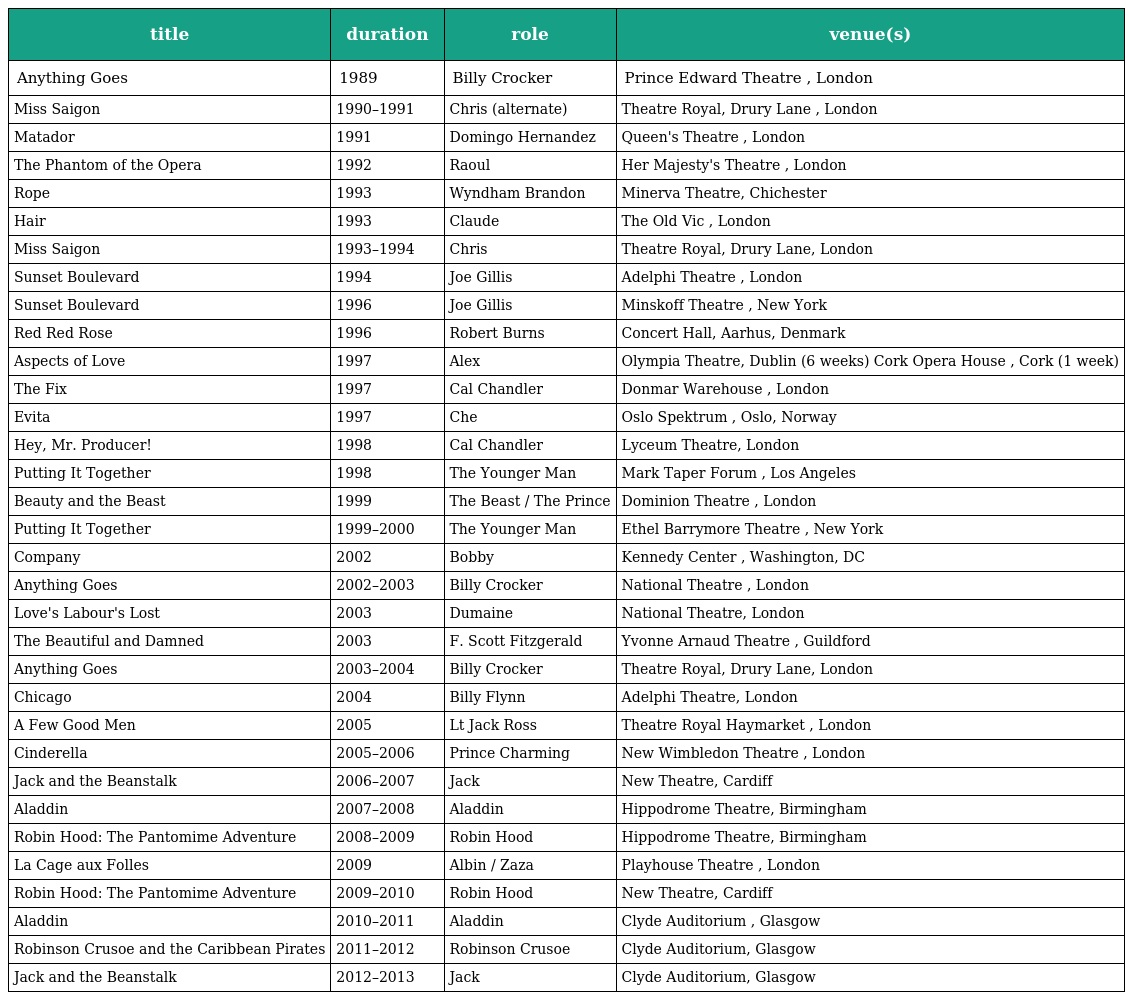
| title | duration | role | venue(s) |
 | --- | --- | --- | --- |
 | Anything Goes | 1989 | Billy Crocker | Prince Edward Theatre , London |
 | Miss Saigon | 1990–1991 | Chris (alternate) | Theatre Royal, Drury Lane , London |
 | Matador | 1991 | Domingo Hernandez | Queen's Theatre , London |
 | The Phantom of the Opera | 1992 | Raoul | Her Majesty's Theatre , London |
 | Rope | 1993 | Wyndham Brandon | Minerva Theatre, Chichester |
 | Hair | 1993 | Claude | The Old Vic , London |
 | Miss Saigon | 1993–1994 | Chris | Theatre Royal, Drury Lane, London |
 | Sunset Boulevard | 1994 | Joe Gillis | Adelphi Theatre , London |
 | Sunset Boulevard | 1996 | Joe Gillis | Minskoff Theatre , New York |
 | Red Red Rose | 1996 | Robert Burns | Concert Hall, Aarhus, Denmark |
 | Aspects of Love | 1997 | Alex | Olympia Theatre, Dublin (6 weeks) Cork Opera House , Cork (1 week) |
 | The Fix | 1997 | Cal Chandler | Donmar Warehouse , London |
 | Evita | 1997 | Che | Oslo Spektrum , Oslo, Norway |
 | Hey, Mr. Producer! | 1998 | Cal Chandler | Lyceum Theatre, London |
 | Putting It Together | 1998 | The Younger Man | Mark Taper Forum , Los Angeles |
 | Beauty and the Beast | 1999 | The Beast / The Prince | Dominion Theatre , London |
 | Putting It Together | 1999–2000 | The Younger Man | Ethel Barrymore Theatre , New York |
 | Company | 2002 | Bobby | Kennedy Center , Washington, DC |
 | Anything Goes | 2002–2003 | Billy Crocker | National Theatre , London |
 | Love's Labour's Lost | 2003 | Dumaine | National Theatre, London |
 | The Beautiful and Damned | 2003 | F. Scott Fitzgerald | Yvonne Arnaud Theatre , Guildford |
 | Anything Goes | 2003–2004 | Billy Crocker | Theatre Royal, Drury Lane, London |
 | Chicago | 2004 | Billy Flynn | Adelphi Theatre, London |
 | A Few Good Men | 2005 | Lt Jack Ross | Theatre Royal Haymarket , London |
 | Cinderella | 2005–2006 | Prince Charming | New Wimbledon Theatre , London |
 | Jack and the Beanstalk | 2006–2007 | Jack | New Theatre, Cardiff |
 | Aladdin | 2007–2008 | Aladdin | Hippodrome Theatre, Birmingham |
 | Robin Hood: The Pantomime Adventure | 2008–2009 | Robin Hood | Hippodrome Theatre, Birmingham |
 | La Cage aux Folles | 2009 | Albin / Zaza | Playhouse Theatre , London |
 | Robin Hood: The Pantomime Adventure | 2009–2010 | Robin Hood | New Theatre, Cardiff |
 | Aladdin | 2010–2011 | Aladdin | Clyde Auditorium , Glasgow |
 | Robinson Crusoe and the Caribbean Pirates | 2011–2012 | Robinson Crusoe | Clyde Auditorium, Glasgow |
 | Jack and the Beanstalk | 2012–2013 | Jack | Clyde Auditorium, Glasgow |